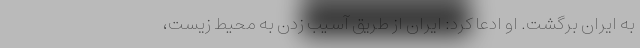
به ایران برگشت. او ادعا کرد: ایران از طریق آسیب زدن به محیط زیست،